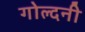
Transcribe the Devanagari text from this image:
गोल्दनी